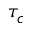
\tau _ { c }